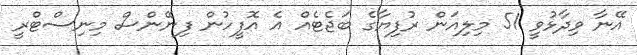
އޭނާ ވިދާޅުވީ 51 މިލިއަން ރުފިޔާގެ ބަޖެޓެއް އެ އޮފީހުން ފިނޭންސް މިނިސްޓްރީ